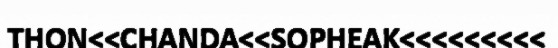
THON<<CHANDA<<SOPHEAK<<<<<<<<<